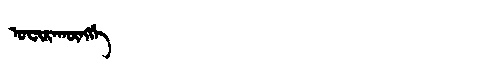
Manchu: ᡠᠸᡳᡵᠠᡴᡡᠩᡤᡝ
Romanization: UFIRAKŪNGGE